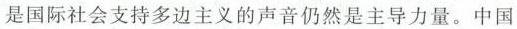
是国际社会支持多边主义的声音仍然是主导力量。中国